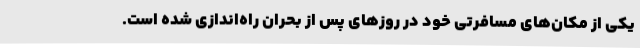
یکی از مکان‌های مسافرتی خود در روزهای پس از بحران راه‌اندازی شده است.